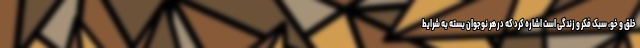
خلق و خو، سبک فکر و زندگی است اشاره کرد که در هر نوجوان بسته به شرایط